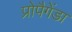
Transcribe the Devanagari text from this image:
प्रोपैगेंडा